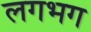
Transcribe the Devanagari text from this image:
लगभ्‍ाग